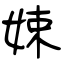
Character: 娕